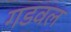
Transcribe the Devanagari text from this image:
गडवल